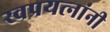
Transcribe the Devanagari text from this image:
स्वप्रयत्‍नांनी